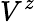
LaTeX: V^{z}